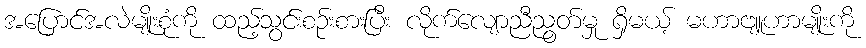
အပြောင်အလဲမျိုးစုံကို ထည့်သွင်းစဉ်းစားပြီး လိုက်လျောညီညွတ်မှု ရှိမယ့် မဟာဗျူဟာမျိုးကို